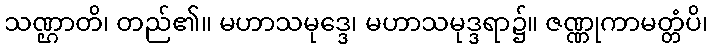
သဏ္ဌာတိ၊ တည်၏။ မဟာသမုဒ္ဒေ၊ မဟာသမုဒ္ဒရာ၌။ ဇဏ္ဏုကာမတ္တံပိ၊